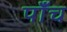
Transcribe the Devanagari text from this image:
पाँँच